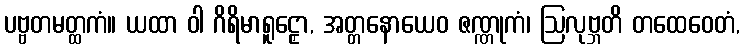
ပဗ္ဗတမတ္ထကံ။ ယထာ ဝါ ဂိရိမာရူဠှော, အတ္တနောယေဝ ဇဏ္ဏုကံ၊ ဩလုဗ္ဘတိ တထေဝေတံ,